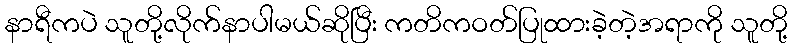
နာရီကပဲ သူတို့လိုက်နာပါမယ်ဆိုပြီး ကတိကဝတ်ပြုထားခဲ့တဲ့အရာကို သူတို့